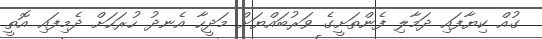
ގުއް ކިޔާފައި ދަމާލި ފެންތަށީގެ ވަރުބައްޔަށް މަދީހާ އެނދު ހުރަހަށް ދެމިފައި އޮތީ